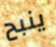
ينبح